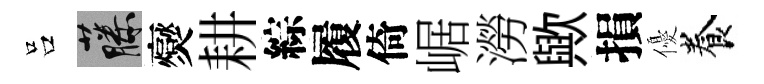
吕藤爕耕綜履倚崌澇歟損優養